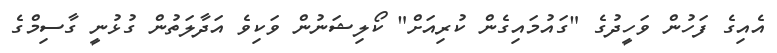
އެއިގެ ފަހުން ވަހީދުގެ "ގައުމައިގެން ކުރިއަށް" ކޯލިޝަނުން ވަކިވެ އަދާލަތުން ގުޅުނީ ގާސިމްގެ